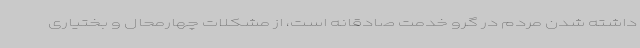
داشته شدن مردم در گرو خدمت صادقانه است، از مشکلات چهارمحال و بختیاری